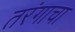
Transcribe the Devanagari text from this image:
तरंगाचा